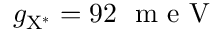
g _ { \mathrm { { X ^ { * } } } } = 9 2 ~ \mathrm { ~ m ~ e ~ V ~ }